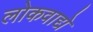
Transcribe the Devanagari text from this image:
लोकवाद्ये